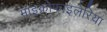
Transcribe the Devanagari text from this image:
माइक्रोफाइलेरिया